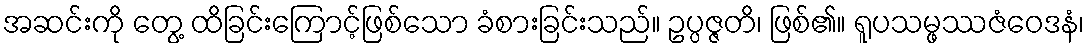
အဆင်းကို တွေ့ ထိခြင်းကြောင့်ဖြစ်သော ခံစားခြင်းသည်။ ဥပ္ပဇ္ဇတိ၊ ဖြစ်၏။ ရူပသမ္ဖဿဇံဝေဒနံ၊